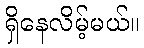
ရှိနေလိမ့်မယ်။